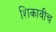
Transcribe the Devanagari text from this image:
शिकावीच